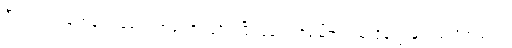
ဂျီတာသည် ချက်ချင်း ခေါင်း အဖုံးကိုပြန်ပိတ်ပြီး ခေါင်းကိုမြေတွင်းထဲသို့ချ၍ မြှုပ်ပစ်လိုက်သည်။